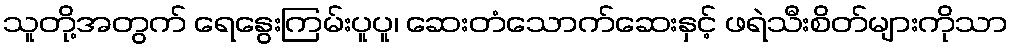
သူတို့အတွက် ရေနွေးကြမ်းပူပူ၊ ဆေးတံသောက်ဆေးနှင့် ဖရဲသီးစိတ်များကိုသာ